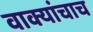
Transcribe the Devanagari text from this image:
वाक्यांचाच